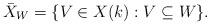
LaTeX: \begin{align*}\bar{X}_W = \{ V \in X(k): V \subseteq W \}.\end{align*}